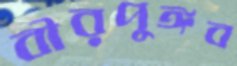
বীরপুঙ্গব